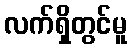
လက်ရှိတွင်မူ